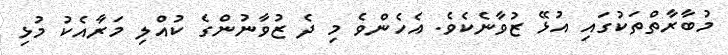
މުބާރާތްތަކުގައި އުޅޭ ޒުވާނެކެވެ. އެހެންވެ މި ދެ ޒުވާނުންގެ ކުއްލި މަރާއެކު މުޅި